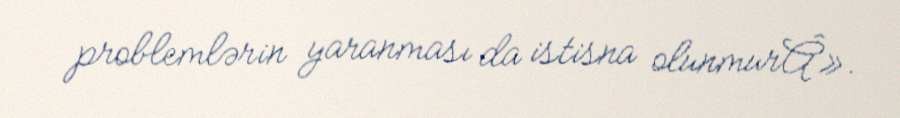
problemlərin yaranması da istisna olunmurÂ».